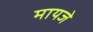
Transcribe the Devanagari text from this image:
मायजे